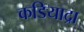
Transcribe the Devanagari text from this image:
कडियाद्रा